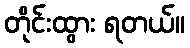
တိုင်းထွား ရတယ်။